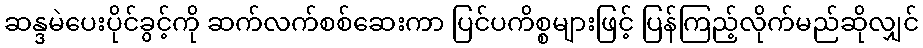
ဆန္ဒမဲပေးပိုင်ခွင့်ကို ဆက်လက်စစ်ဆေးကာ ပြင်ပကိစ္စများဖြင့် ပြန်ကြည့်လိုက်မည်ဆိုလျှင်